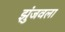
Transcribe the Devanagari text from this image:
झुंजवला